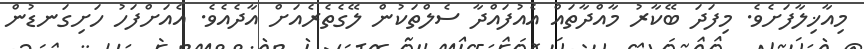
މިއާޚިލާފަށެވެ. މިފަދަ ބޭކާރު މާއްދާތައް އެއުފައްދާ ސެލްތަކުން ލޭގެތެރެއަށް އާދެއެވެ. އެއަށްފަހު ހަށިގަނޑުން